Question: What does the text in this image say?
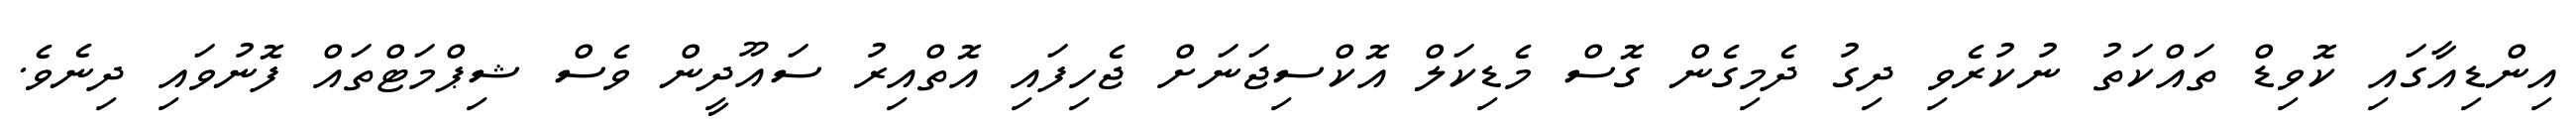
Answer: އިންޑިއާގައި ކޮވިޑް ތައްކަތު ނުކުރެވި ދިގު ދެމިގެން ގޮސް މެޑިކަލް އޮކްސިޖަނަށް ޖެހިފައި އޮތްއިރު ސައޫދީން ވެސް ޝިޕްމަޓްތައް ފޮނުވައި ދިނެވެ.